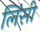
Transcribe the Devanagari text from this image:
लिंसी